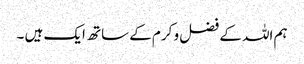
ہم اللہ کے فضل و کرم کے ساتھ ایک ہیں ۔